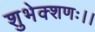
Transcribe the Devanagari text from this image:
शुभेक्शणः।।